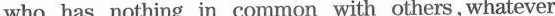
who has nothing in common with others,whatever